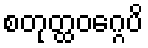
စတုတ္ထဝဂ္ဂေပိ